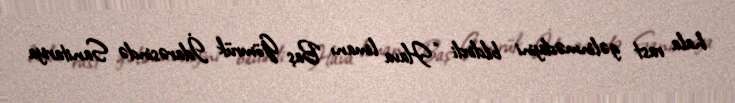
hala rast gəlinmədiyini bildirdi: “Hava limanı Baş Gömrük İdarəsində Sanitariya